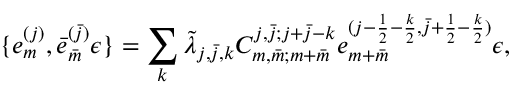
\{ e _ { m } ^ { ( j ) } , \bar { e } _ { \bar { m } } ^ { ( \bar { j } ) } \epsilon \} = \sum _ { k } \tilde { \lambda } _ { j , \bar { j } , k } C _ { m , \bar { m } ; m + \bar { m } } ^ { j , \bar { j } ; j + \bar { j } - k } e _ { m + \bar { m } } ^ { ( j - \frac { 1 } { 2 } - \frac { k } { 2 } , \bar { j } + \frac { 1 } { 2 } - \frac { k } { 2 } ) } \epsilon ,